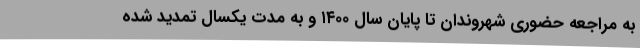
به مراجعه حضوری شهروندان تا پایان سال ۱۴۰۰ و به مدت یکسال تمدید شده